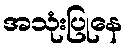
အသုံးပြုနေ